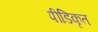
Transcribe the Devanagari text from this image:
पीडिकृत